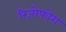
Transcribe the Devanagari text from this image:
रिज़ोफोरा